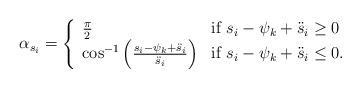
LaTeX: \begin{align*}\alpha_{s_i} = \left\{\begin{array}{ll}\frac{\pi}{2} & \mbox{if $s_i-\psi_k +\ddot{s}_i \ge 0 $} \\\cos^{-1}\left( \frac{s_i -\psi_k +\ddot{s}_i}{\ddot{s}_i} \right) & \mbox{if $s_i-\psi_k +\ddot{s}_i \le 0 $}.\end{array}\right.\end{align*}